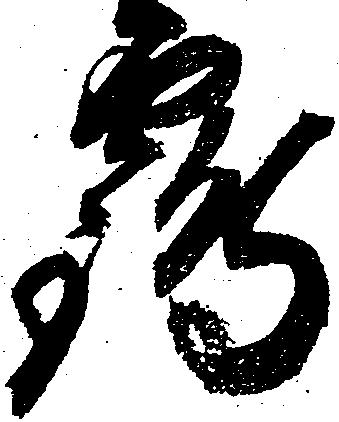
鶴